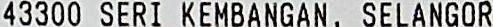
43300 SERI KEMBANGAN, SELANGOR